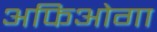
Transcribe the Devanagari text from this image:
अफिओगा